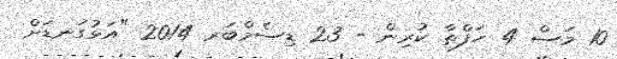
10 މަސް 4 ހަފްތާ ކުރިން - 23 ޑިސެމްބަރ 2014 "އަޅުގަނޑަށް